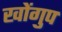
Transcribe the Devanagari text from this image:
खोंगुप